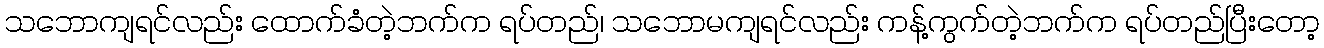
သဘောကျရင်လည်း ထောက်ခံတဲ့ဘက်က ရပ်တည်၊ သဘောမကျရင်လည်း ကန့်ကွက်တဲ့ဘက်က ရပ်တည်ပြီးတော့